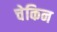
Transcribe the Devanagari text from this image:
चेकिन